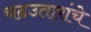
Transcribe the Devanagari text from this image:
चढउतारांचे